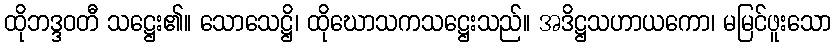
ထိုဘဒ္ဒဝတီ သဋ္ဌေး၏။ သောသေဋ္ဌိ၊ ထိုဃောသကသဋ္ဌေးသည်။ အဒိဋ္ဌသဟာယကော၊ မမြင်ဖူးသော